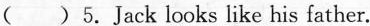
( )5. Jack looks like his father.